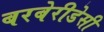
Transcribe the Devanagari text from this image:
बरबेरीडेसी